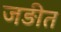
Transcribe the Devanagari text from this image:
जड़ीत